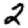
Digit: 2